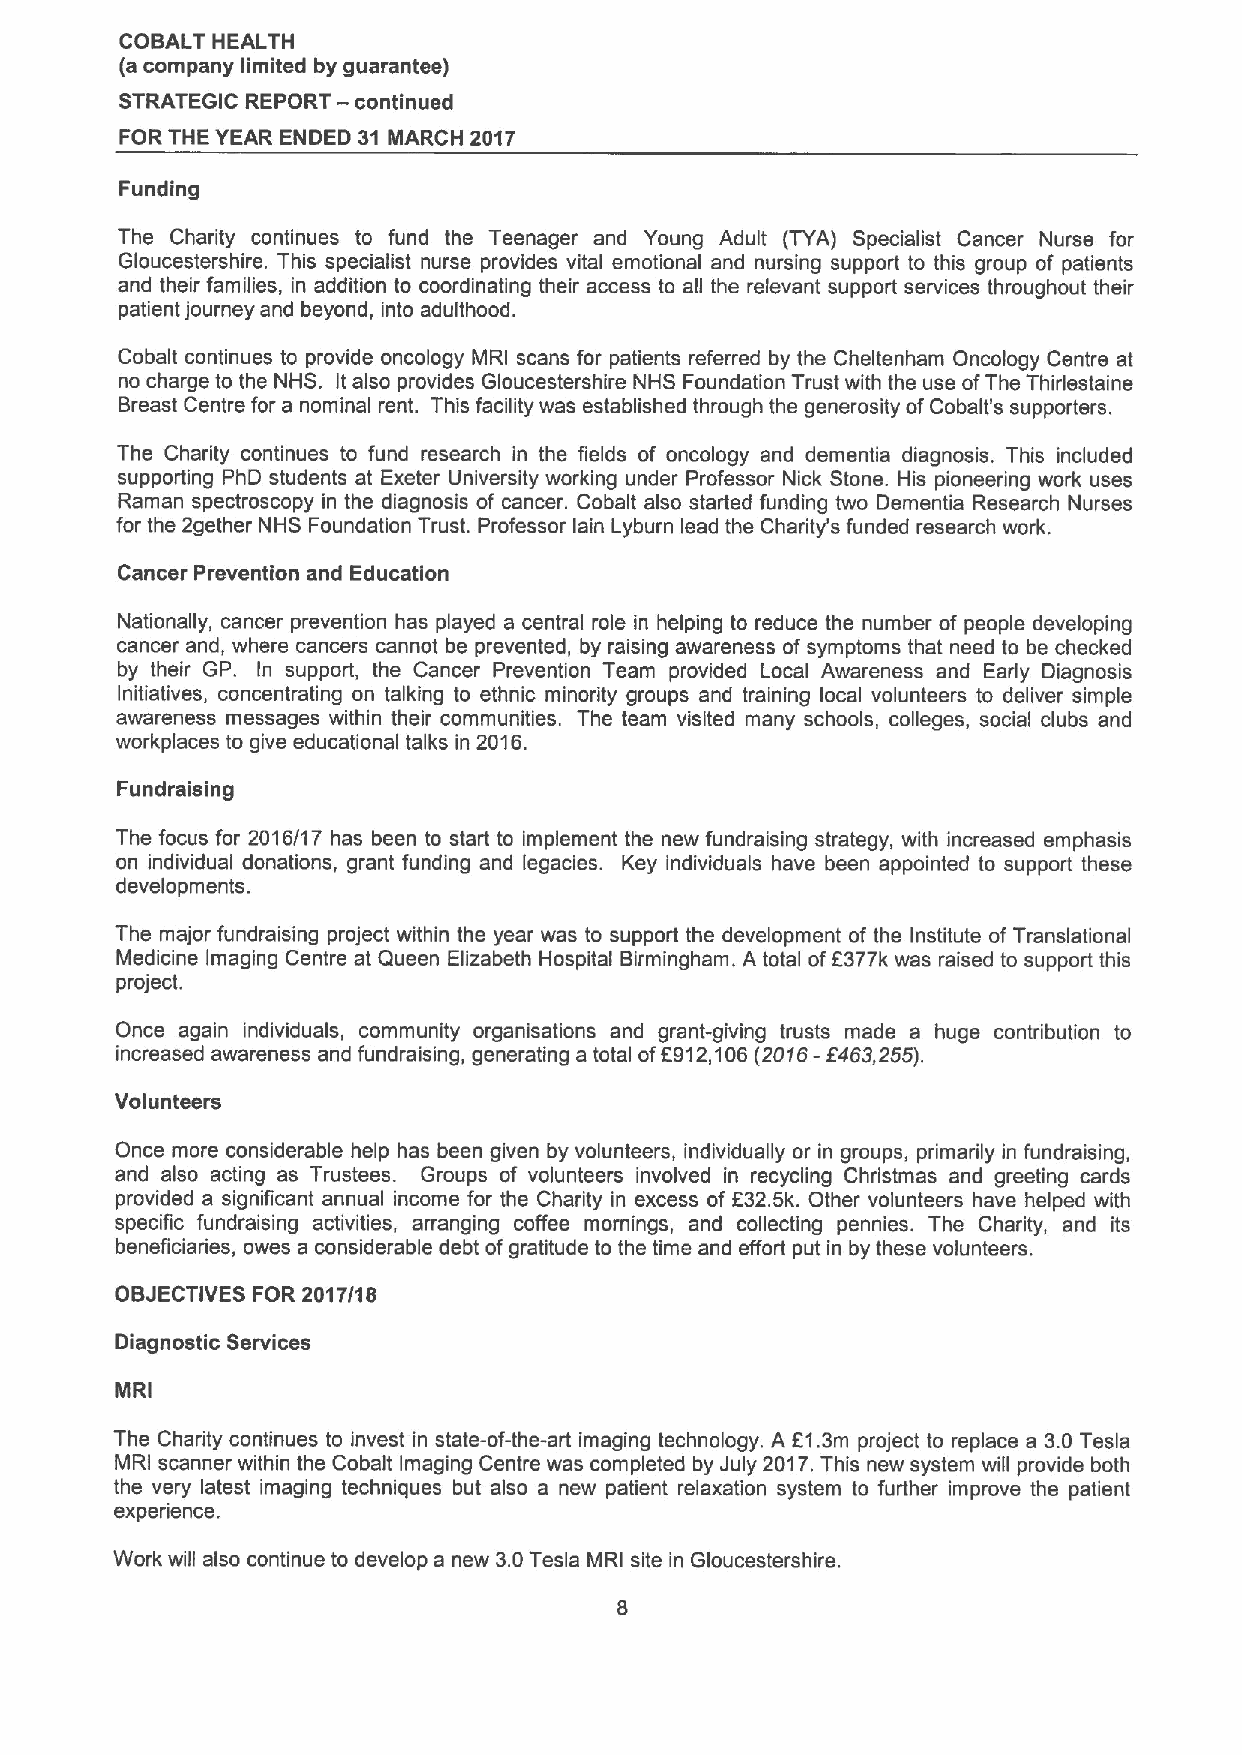
COBALT HEALTH
 (a company limited by guarantee)
 STRATEGIC REPORT —continued
 FOR THE YEAR ENDED 31 MARCH 2017
 Funding
 The Charity continues to fund the Teenager and Young Adult (TYA) Specialist Cancer Nurse for
 Gloucestershire. This specialist nurse provides vital emotional and nursing support to this group of patients
 and their families, in addition to coordinating their access to all the relevant support services throughout their
 patient journey and beyond, into adulthood.
 Cobalt continues to provide oncology MRI scans for patients referred by the Cheltenham Oncology Centre at
 no charge to the NHS. Italso provides Gloucestershire NHS Foundation Trust with the use ofThe Thirlestaine
 Breast Centre for a nominal rent. This facility was established through the generosity ofCobalt's supporters.
 The Charity continues to fund research in the fields of oncology and dementia diagnosis. This included
 supporting PhD students at Exeter University working under Professor Nick Stone. His pioneering work uses
 Raman spectroscopy in the diagnosis of cancer. Cobalt also started funding two Dementia Research Nurses
 for the 2gether NHS Foundation Trust. Professor lain Lyburn lead the Charity's funded research work.
 Cancer Prevention and Education
 Nationally, cancer prevention has played a central role in helping to reduce the number of people developing
 cancer and, where cancers cannot be prevented, by raising awareness of symptoms that need to be checked
 by their GP. In support, the Cancer Prevention Team provided Local Awareness and Early Diagnosis
 Initiatives, concentrating on talking to ethnic minority groups and training local volunteers to deliver simple
 awareness messages within their communities. The team visited many schools, colleges, social clubs and
 workplaces to give educational talks in 2016.
 Fundraising
 The focus for 2016/17 has been to start to implement the new fundraising strategy, with increased emphasis
 on individual donations, grant funding and legacies. Key individuals have been appointed to support these
 developments.
 The major fundraising project within the year was to support the development of the Institute of Translational
 Medicine Imaging Centre at Queen Elizabeth Hospital Birmingham. A total of6377k was raised to support this
 project.
 Once again individuals, community organisations and grant-giving trusts made a huge contribution to
 increased awareness and fundraising, generating a total of6912,106(2016-8463,255).
 Volunteers
 Once more considerable help has been given by volunteers, individually or in groups, primarily in fundraising,
 and also acting as Trustees. Groups of volunteers involved in recycling Christmas and greeting cards
 provided a significant annual income for the Charity in excess of E32.5k. Other volunteers have helped with
 specific fundraising activities, arranging coffee mornings, and collecting pennies. The Charity, and its
 beneficiaries, owes a considerable debt ofgratitude to the time and effort put in by these volunteers.
 OBJECTIVES FOR 2017/18
 Diagnostic Services
 MRI
 The Charity continues to invest in state-of-the-art imaging technology. A E1.3m project to replace a 3.0 Tesla
 MRI scanner within the Cobalt Imaging Centre was completed by July 2017.This new system will provide both
 the very latest imaging techniques but also a new patient relaxation system to further improve the patient
 experience.
 Work will also continue to develop a new 3.0Tesla MRI site in Gloucestershire.